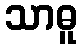
သာဓူ